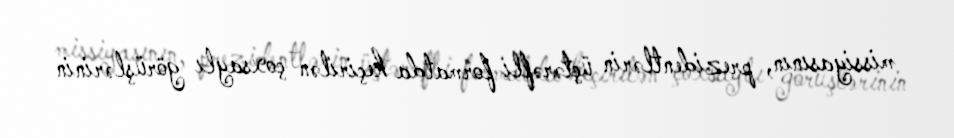
missiyasının, prezidentlərin üçtərəfli formatda keçirilən çoxsaylı görüşlərinin